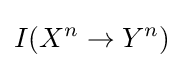
I(X^{n}\to Y^{n})